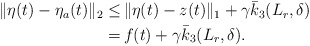
\begin{align*}\begin{aligned}\|\eta(t)-\eta_a(t)\|_2 \le &\, \|\eta(t)-z(t)\|_1 +\gamma \bar{k}_3(L_r,\delta) \\= &\, f(t) +\gamma \bar{k}_3(L_r,\delta).\end{aligned}\end{align*}